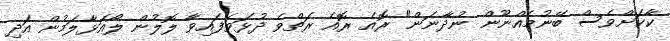
ކާކަށްވެސް ބޭނުމެއްނޫން ނުދާނަން" ރޮއެ ރޮއެ ރަތްވެ ދުޅަވެފައިވާ ލޮލުން ލޯއަޅާލަމުން އަދި